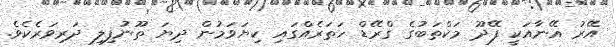
އޭރު އޭނާއަކީ ފޭދޫ މަކްތަބުގެ ގްރޭޑް ހަތަރެއްގައި ކިޔަވަމުން ދިޔަ ތޫނުފިލި ދަރިވަރެކެވެ.